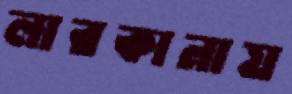
লারকানায়